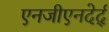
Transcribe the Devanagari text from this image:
एनजीएनदेर्द्